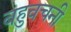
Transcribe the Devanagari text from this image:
बहुवचनी